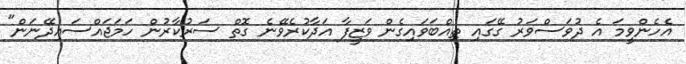
އެހެންވީމަ އެ ދުވަސްވަރު ގޭގައި ތިއްބަވައިގެން ވަޒީފާ އަދާކުރެވޭނެ ގޮތް ސަރުކާރުން ހަމަޖައްސައިދޭނަން"